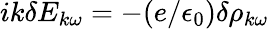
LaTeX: ik\delta E_{k\omega}=-(e/\epsilon_{0})\delta\rho_{k\omega}